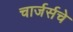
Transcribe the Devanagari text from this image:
चार्जर्सचे